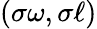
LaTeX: (\sigma\omega,\sigma\ell)